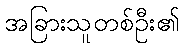
အခြားသူတစ်ဦး၏